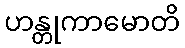
ဟန္တုကာမောတိ